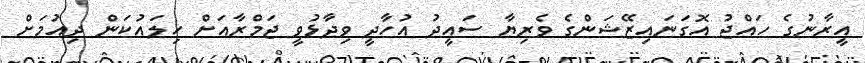
އީރާނުގެ ހައްޖު އޮގަނައިޒޭޝަންގެ ވެރިޔާ ސައީދު އުހާދީ ވިދާޅުވީ ޖަމްރާއަށް ހިލައުކަން ދިއުމަށް